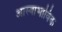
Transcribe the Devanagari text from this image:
आस्वाभाविक